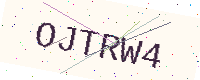
Text: OJTRW4